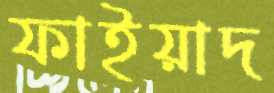
ফাইয়াদ